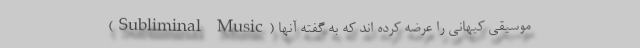
(Subliminal Music) موسیقی کیهانی را عرضه کرده اند که به گفته آنها